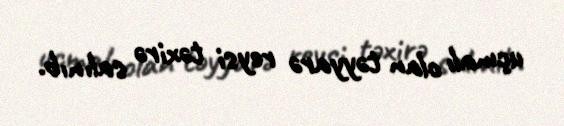
uçmalı olan təyyarə reysi təxirə salınıb.